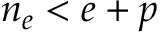
n _ { e } < e + p